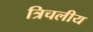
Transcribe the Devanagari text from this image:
त्रिचलीय